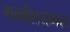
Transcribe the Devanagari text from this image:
गर्भाशयगत